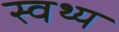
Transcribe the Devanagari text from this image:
स्वथ्य